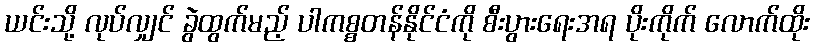
ယင်းသို့ လုပ်လျှင် ခွဲထွက်မည့် ပါကစ္စတန်နိုင်ငံကို စီးပွားရေးအရ ပိုးကိုက် လောက်ထိုး